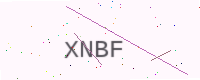
Text: XNBF